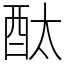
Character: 酞